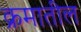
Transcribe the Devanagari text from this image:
क्रमातील